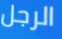
الرجل